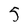
Character: 5